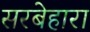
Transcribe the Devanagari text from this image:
सरबेहारा